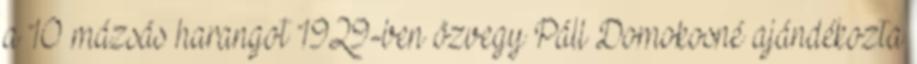
a 10 mázsás harangot 1929-ben özvegy Páll Domokosné ajándékozta